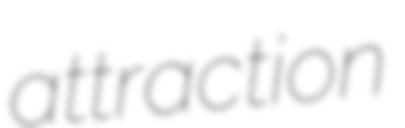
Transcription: attraction